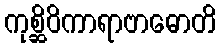
ကုစ္ဆိဝိကာရာဗာဓောတိ